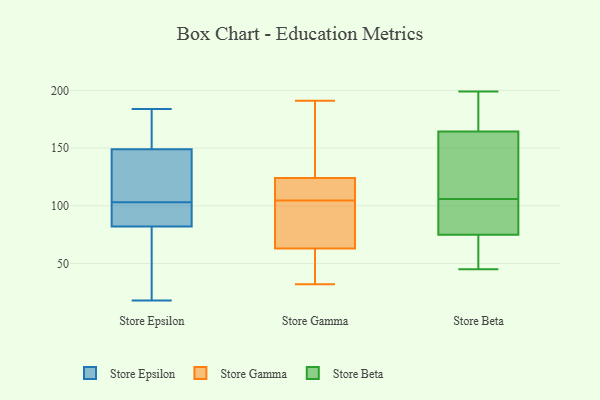
{"axis": {"x": "Population (Million)", "y": "Value"}, "legend": ["Store Beta", "Store Epsilon", "Store Gamma"], "data": [{"x": "", "y": 27, "type": "Store Epsilon"}, {"x": "", "y": 82, "type": "Store Epsilon"}, {"x": "", "y": 184, "type": "Store Epsilon"}, {"x": "", "y": 138, "type": "Store Epsilon"}, {"x": "", "y": 82, "type": "Store Epsilon"}, {"x": "", "y": 120, "type": "Store Epsilon"}, {"x": "", "y": 108, "type": "Store Epsilon"}, {"x": "", "y": 103, "type": "Store Epsilon"}, {"x": "", "y": 158, "type": "Store Epsilon"}, {"x": "", "y": 167, "type": "Store Epsilon"}, {"x": "", "y": 92, "type": "Store Epsilon"}, {"x": "", "y": 99, "type": "Store Epsilon"}, {"x": "", "y": 18, "type": "Store Epsilon"}, {"x": "", "y": 146, "type": "Store Epsilon"}, {"x": "", "y": 47, "type": "Store Epsilon"}, {"x": "", "y": 87, "type": "Store Epsilon"}, {"x": "", "y": 176, "type": "Store Epsilon"}, {"x": "", "y": 53, "type": "Store Gamma"}, {"x": "", "y": 110, "type": "Store Gamma"}, {"x": "", "y": 32, "type": "Store Gamma"}, {"x": "", "y": 47, "type": "Store Gamma"}, {"x": "", "y": 63, "type": "Store Gamma"}, {"x": "", "y": 121, "type": "Store Gamma"}, {"x": "", "y": 78, "type": "Store Gamma"}, {"x": "", "y": 118, "type": "Store Gamma"}, {"x": "", "y": 83, "type": "Store Gamma"}, {"x": "", "y": 76, "type": "Store Gamma"}, {"x": "", "y": 191, "type": "Store Gamma"}, {"x": "", "y": 188, "type": "Store Gamma"}, {"x": "", "y": 120, "type": "Store Gamma"}, {"x": "", "y": 124, "type": "Store Gamma"}, {"x": "", "y": 136, "type": "Store Gamma"}, {"x": "", "y": 166, "type": "Store Gamma"}, {"x": "", "y": 99, "type": "Store Gamma"}, {"x": "", "y": 56, "type": "Store Gamma"}, {"x": "", "y": 186, "type": "Store Beta"}, {"x": "", "y": 70, "type": "Store Beta"}, {"x": "", "y": 154, "type": "Store Beta"}, {"x": "", "y": 101, "type": "Store Beta"}, {"x": "", "y": 198, "type": "Store Beta"}, {"x": "", "y": 148, "type": "Store Beta"}, {"x": "", "y": 199, "type": "Store Beta"}, {"x": "", "y": 102, "type": "Store Beta"}, {"x": "", "y": 152, "type": "Store Beta"}, {"x": "", "y": 175, "type": "Store Beta"}, {"x": "", "y": 55, "type": "Store Beta"}, {"x": "", "y": 110, "type": "Store Beta"}, {"x": "", "y": 45, "type": "Store Beta"}, {"x": "", "y": 100, "type": "Store Beta"}, {"x": "", "y": 63, "type": "Store Beta"}, {"x": "", "y": 80, "type": "Store Beta"}]}